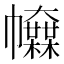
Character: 𢅿